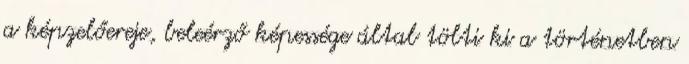
a képzelőereje, beleérző képessége által tölti ki a történetben